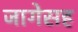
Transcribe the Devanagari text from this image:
जागेसह